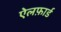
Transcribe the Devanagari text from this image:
ऐलफ़ार्ड